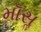
મૉસૢ